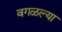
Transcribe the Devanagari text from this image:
वगळल्या